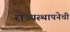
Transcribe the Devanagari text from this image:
राज्यस्थापनेची